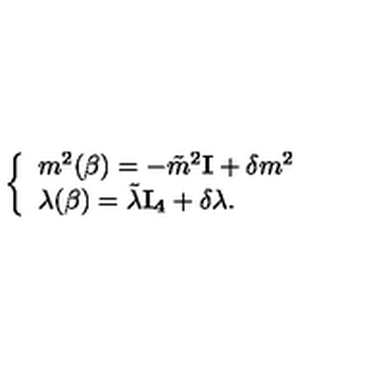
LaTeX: \left\{ \begin{array} { l l } { m ^ { 2 } ( \beta ) = - \tilde { m } ^ { 2 } { \bf I } + \delta m ^ { 2 } } \\ { \lambda ( \beta ) = \tilde { \lambda } { \bf I _ { 4 } } + \delta \lambda . } \\ \end{array} \right.